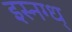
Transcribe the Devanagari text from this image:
इस्नग्ध्